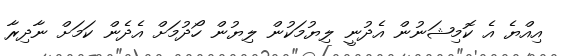
އިއްޔެ އެ ކޮމިޝަނުން އެދުނީ ލިޔުމަކުން ލިޔުން ހޯދުމަށް އެދެން ކަމަށް ނާދިރާ